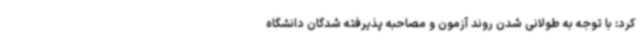
کرد: با توجه به طولانی شدن روند آزمون و مصاحبه پذیرفته شدگان دانشگاه